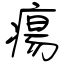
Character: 瘍